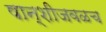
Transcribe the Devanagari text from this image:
षान्शीजवळच